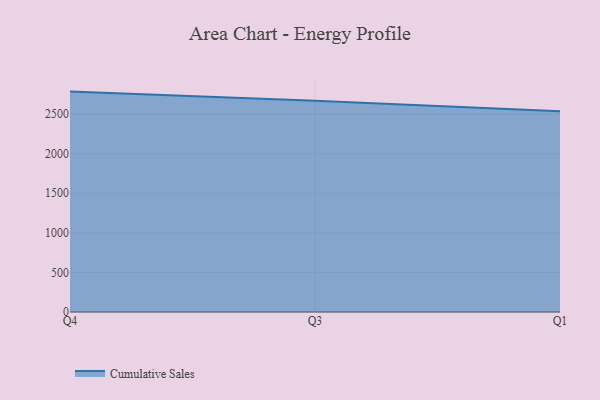
{"axis": {"x": "Quarter", "y": "Net Income (USD K)"}, "legend": ["Cumulative Sales"], "data": [{"x": "Q4", "y": 2783.3, "type": "Cumulative Sales"}, {"x": "Q3", "y": 2666.5, "type": "Cumulative Sales"}, {"x": "Q1", "y": 2535.7, "type": "Cumulative Sales"}]}